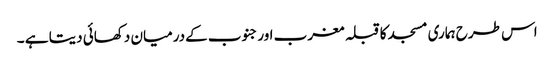
اس طرح ہماری مسجد کاقبلہ مغرب اورجنوب کےدرمیان دکھائی دیتا ہے ۔